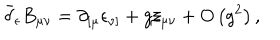
\bar { \delta } _ { \epsilon } B _ { \mu \nu } = \partial _ { \left[ \mu \right. } \epsilon _ { \left. \nu \right] } + g \xi _ { \mu \nu } + O \left( g ^ { 2 } \right) ,